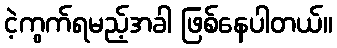
ငဲ့ကွက်ရမည့်အခါ ဖြစ်နေပါတယ်။